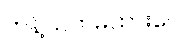
ကန့်သတ်မထားပေ